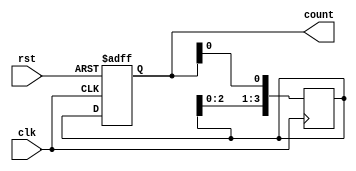
module synchronous_counter(
  input wire clk,
  input wire rst,
  output reg [3:0] count
);

// D flip-flop declaration
reg [3:0] q_next;
reg [3:0] q;

// Counter logic
always @(posedge clk or posedge rst) begin
  if(rst) begin
    q <= 4'b0000;
  end else begin
    q <= q_next;
  end
end

// D flip-flop cascade
always @(posedge clk) begin
  q_next[0] <= q[0];
  q_next[1] <= q_next[0];
  q_next[2] <= q_next[1];
  q_next[3] <= q_next[2];
end

// Output assignment
assign count = q;

endmodule